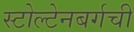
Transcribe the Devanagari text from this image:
स्टोल्टेनबर्गची